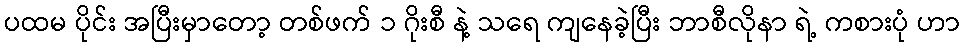
ပထမ ပိုင်း အပြီးမှာတော့ တစ်ဖက် ၁ ဂိုးစီ နဲ့ သရေ ကျနေခဲ့ပြီး ဘာစီလိုနာ ရဲ့ ကစားပုံ ဟာ